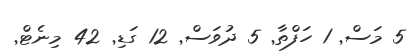
5 މަސް